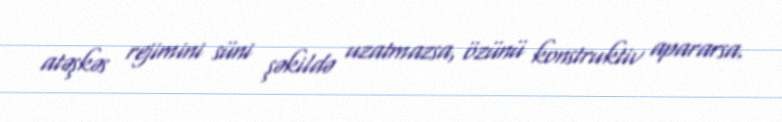
atəşkəs rejimini süni şəkildə uzatmazsa, özünü konstruktiv apararsa.